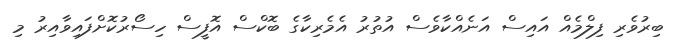
ބިރުވެރި ފިލްމެއް އައިސް އަނެއްކާވެސް އުތުރު އެމެރިކާގެ ބޮކްސް އޮފީސް ހިސޯރުކޮށްފައިވާއިރު މި